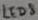
Text: LED8